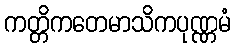
ကတ္တိကတေမာသိကပုဏ္ဏမံ